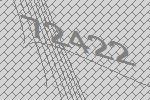
72422